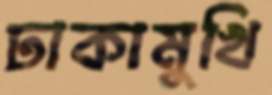
ঢাকামুখি